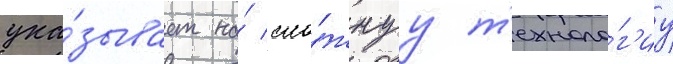
ука́зывает на́ сло́жнуу т'ехноло́г'иу